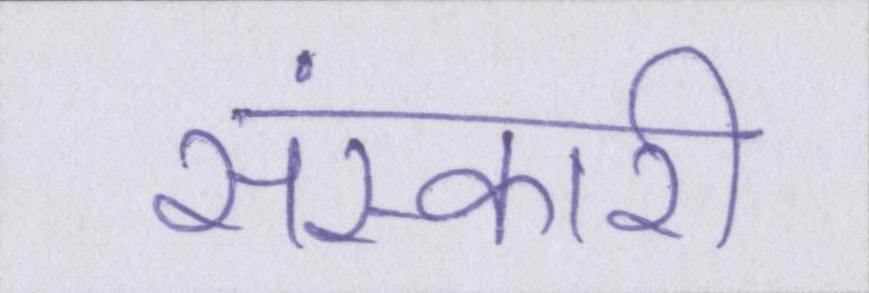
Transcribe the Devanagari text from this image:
संस्कारी